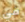
في